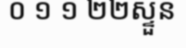
០ ១ ១ ២២ស្ទួន